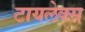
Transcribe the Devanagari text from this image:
टायलेक्स